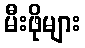
မီးဖိုများ